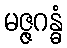
မဇ္ဇဂန္ဓံ